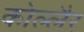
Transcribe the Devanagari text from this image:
कोल्लैर